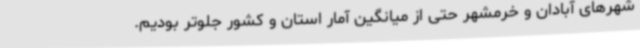
شهرهای آبادان و خرمشهر حتی از میانگین آمار استان و کشور جلوتر بودیم.